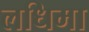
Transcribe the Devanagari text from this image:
लधिमा